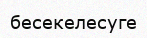
бесекелесуге